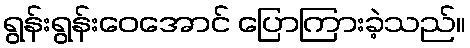
ရွန်းရွန်းဝေအောင် ပြောကြားခဲ့သည်။